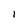
Character: 1